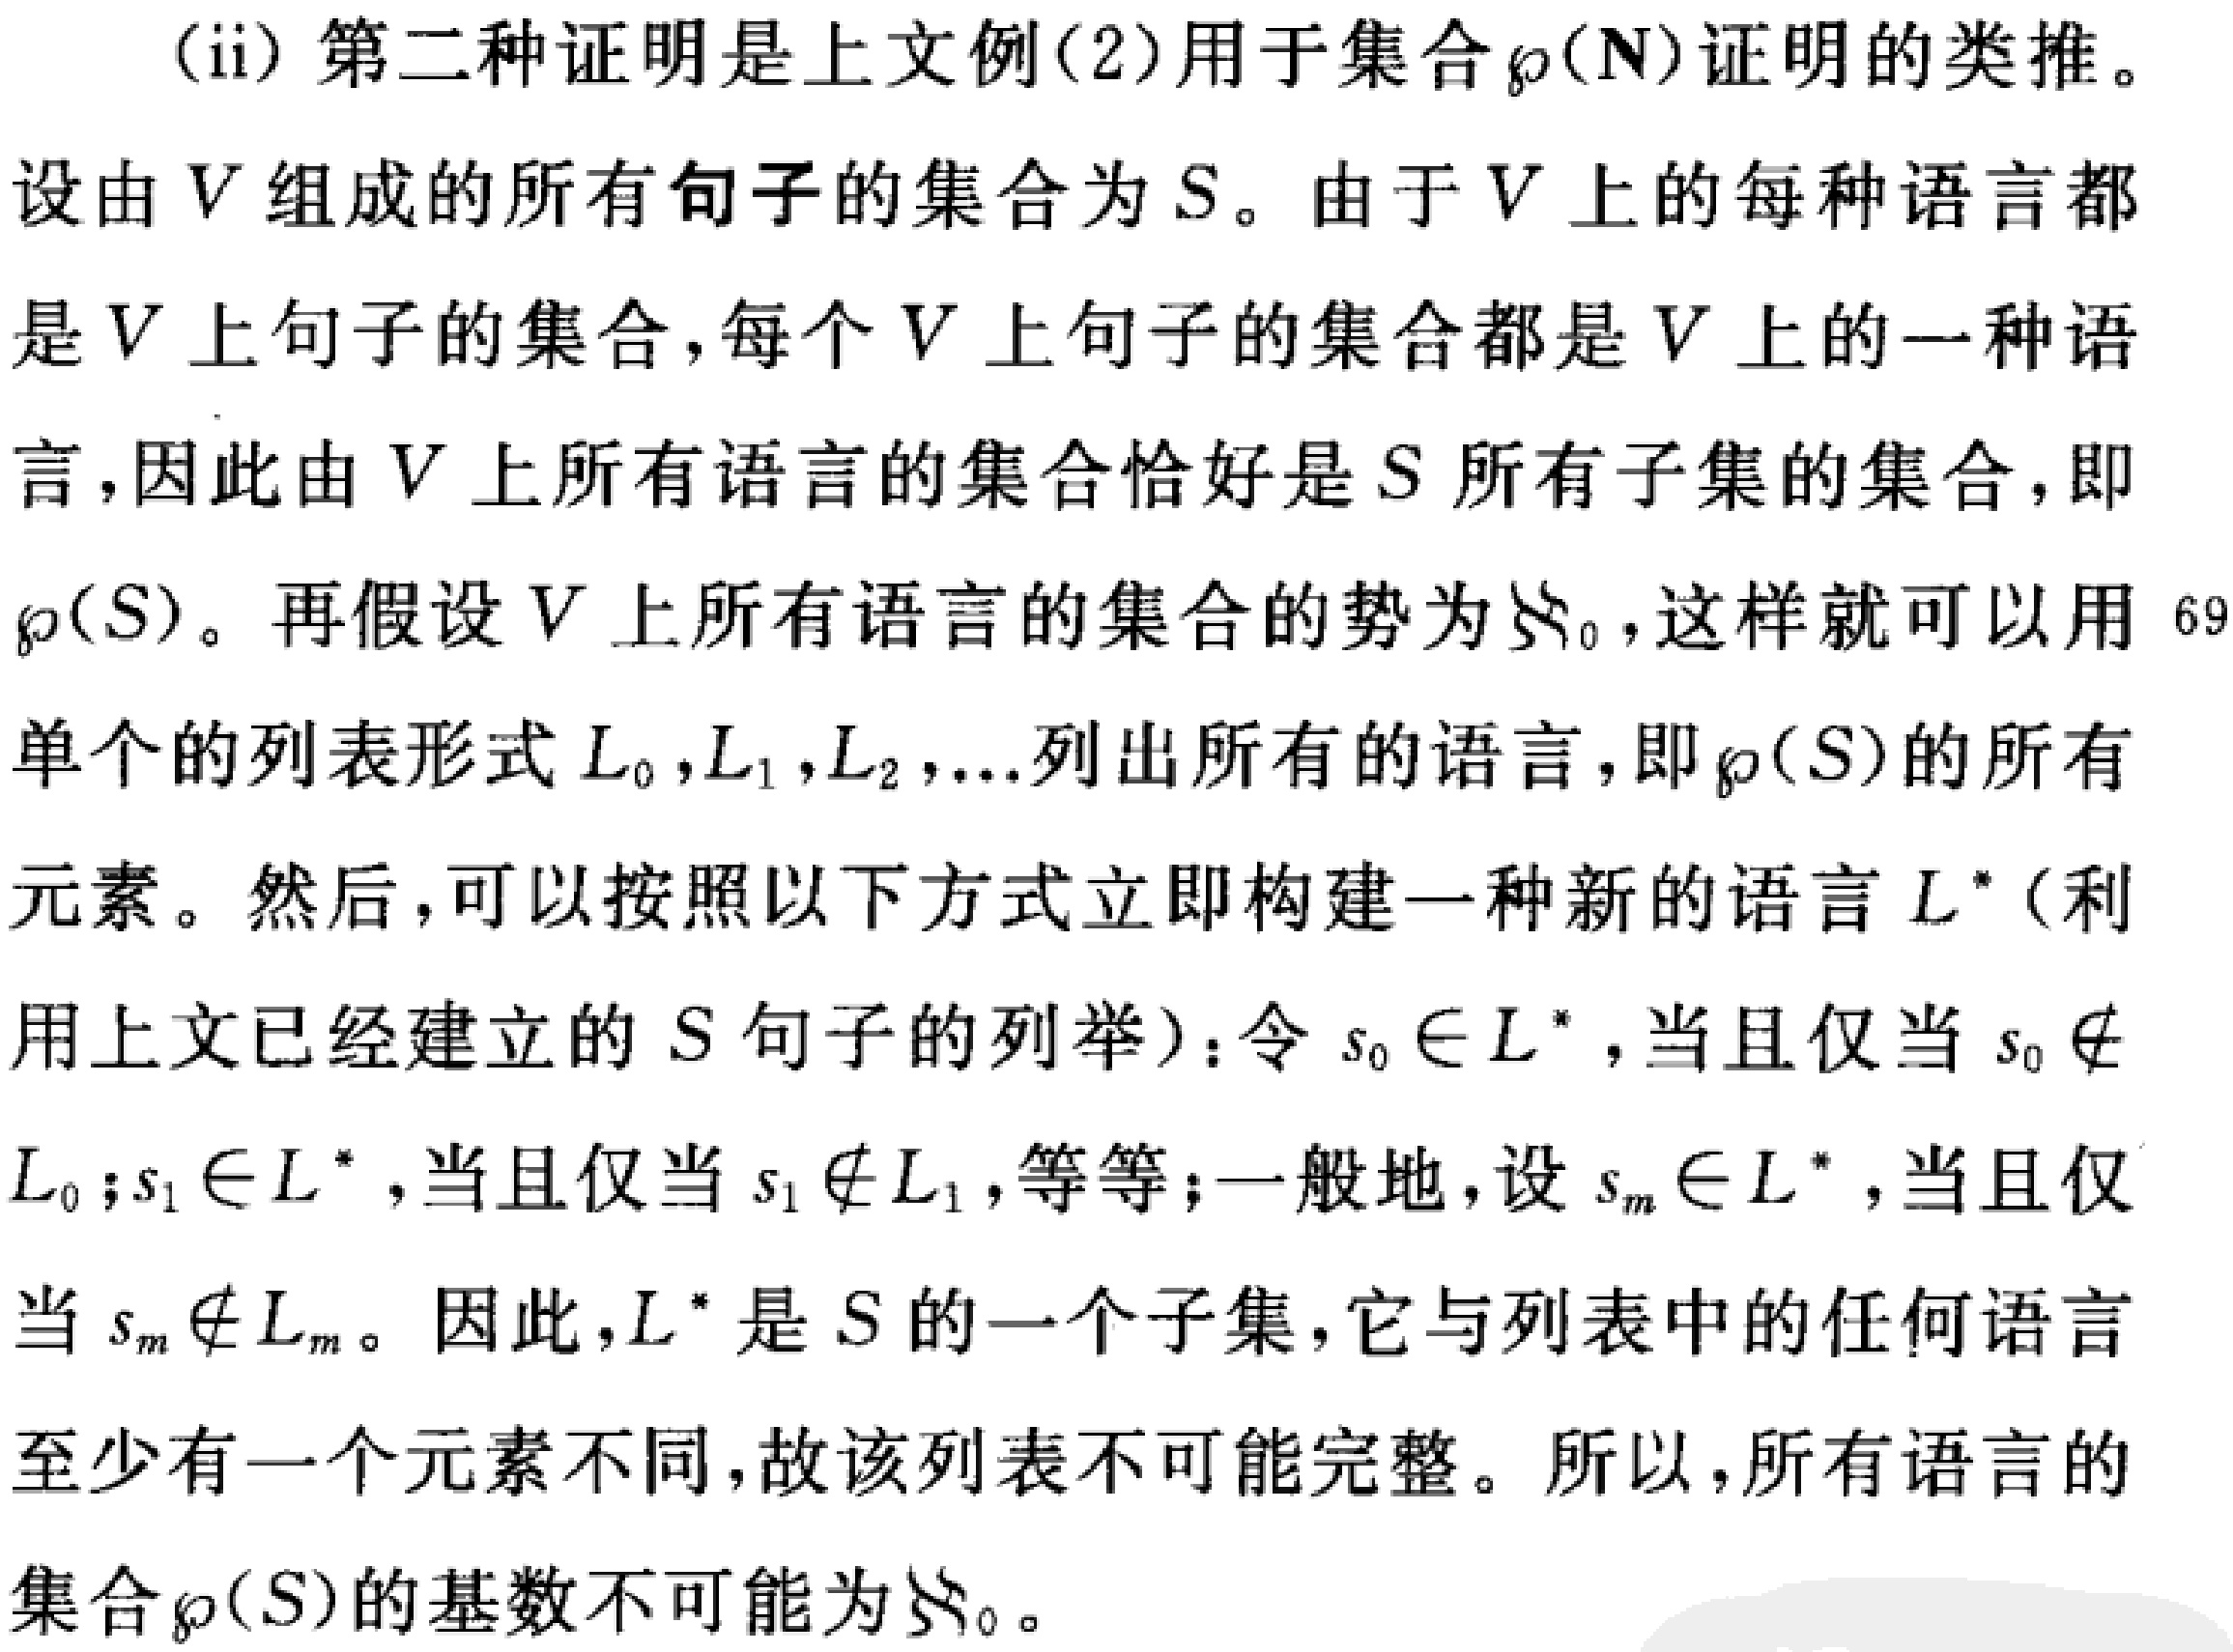
(ii) 第二种证明是上文例(2)用于集合\(\wp(\mathbb{N})\)证明的类推。
设由\(V\)组成的所有句子的集合为\(S\)。由于\(V\)上的每种语言都
是\(V\)上句子的集合，每个\(V\)上句子的集合都是\(V\)上的一种语
言，因此由\(V\)上所有语言的集合恰好是\(S\)所有子集的集合，即
\(\wp(S)\)。再假设\(V\)上所有语言的集合的势为\(\aleph_0\)，这样就可以用 \(69\)
单个的列表形式\(L_0,L_1,L_2,\ldots\)列出所有的语言，即\(\wp(S)\)的所有
元素。然后，可以按照以下方式立即构建一种新的语言\(L^*\)（利
用上文已经建立的\(S\)句子的列举）：令\(s_0\in L^*\)，当且仅当\(s_0\notin\)
\(L_0\)；\(s_1\in L^*\)，当且仅当\(s_1\notin L_1\)，等等；一般地，设\(s_m\in L^*\)，当且仅
当\(s_m\notin L_m\)。因此，\(L^*\)是\(S\)的一个子集，它与列表中的任何语言
至少有一个元素不同，故该列表不可能完整。所以，所有语言的
集合\(\wp(S)\)的基数不可能为\(\aleph_0\)。